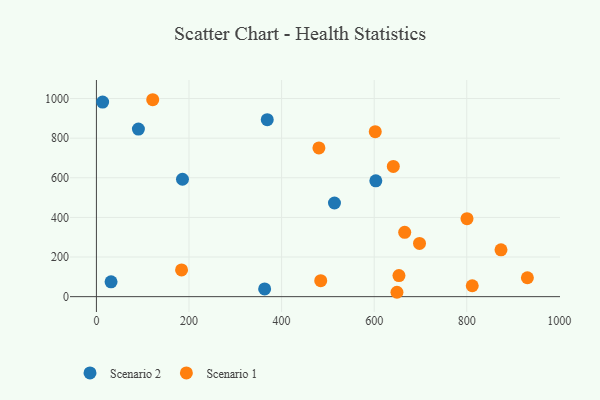
{"axis": {"x": "Engine Size", "y": "Sales"}, "legend": ["Scenario 1", "Scenario 2"], "data": [{"x": "363.4", "y": 39.0, "type": "Scenario 2"}, {"x": "603.5", "y": 584.7, "type": "Scenario 2"}, {"x": "31.6", "y": 74.6, "type": "Scenario 2"}, {"x": "369.0", "y": 893.3, "type": "Scenario 2"}, {"x": "90.7", "y": 845.9, "type": "Scenario 2"}, {"x": "514.2", "y": 472.6, "type": "Scenario 2"}, {"x": "13.4", "y": 982.3, "type": "Scenario 2"}, {"x": "185.9", "y": 592.5, "type": "Scenario 2"}, {"x": "800.5", "y": 393.8, "type": "Scenario 1"}, {"x": "649.2", "y": 22.1, "type": "Scenario 1"}, {"x": "121.6", "y": 994.0, "type": "Scenario 1"}, {"x": "641.3", "y": 657.5, "type": "Scenario 1"}, {"x": "183.9", "y": 134.7, "type": "Scenario 1"}, {"x": "697.9", "y": 268.5, "type": "Scenario 1"}, {"x": "665.9", "y": 324.5, "type": "Scenario 1"}, {"x": "480.6", "y": 750.5, "type": "Scenario 1"}, {"x": "602.3", "y": 832.5, "type": "Scenario 1"}, {"x": "873.9", "y": 236.3, "type": "Scenario 1"}, {"x": "484.5", "y": 80.4, "type": "Scenario 1"}, {"x": "930.9", "y": 95.4, "type": "Scenario 1"}, {"x": "653.5", "y": 106.3, "type": "Scenario 1"}, {"x": "811.8", "y": 55.0, "type": "Scenario 1"}]}